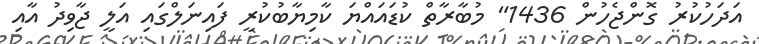
އަދަހުކުރު ގޮންޖެހުން 1436" މުބާރާތް ކުޑައައްޔަ ކާމިޔާބުކުރީ ފައިނަލްގައި އަލީ ޖާވިދު އާއި